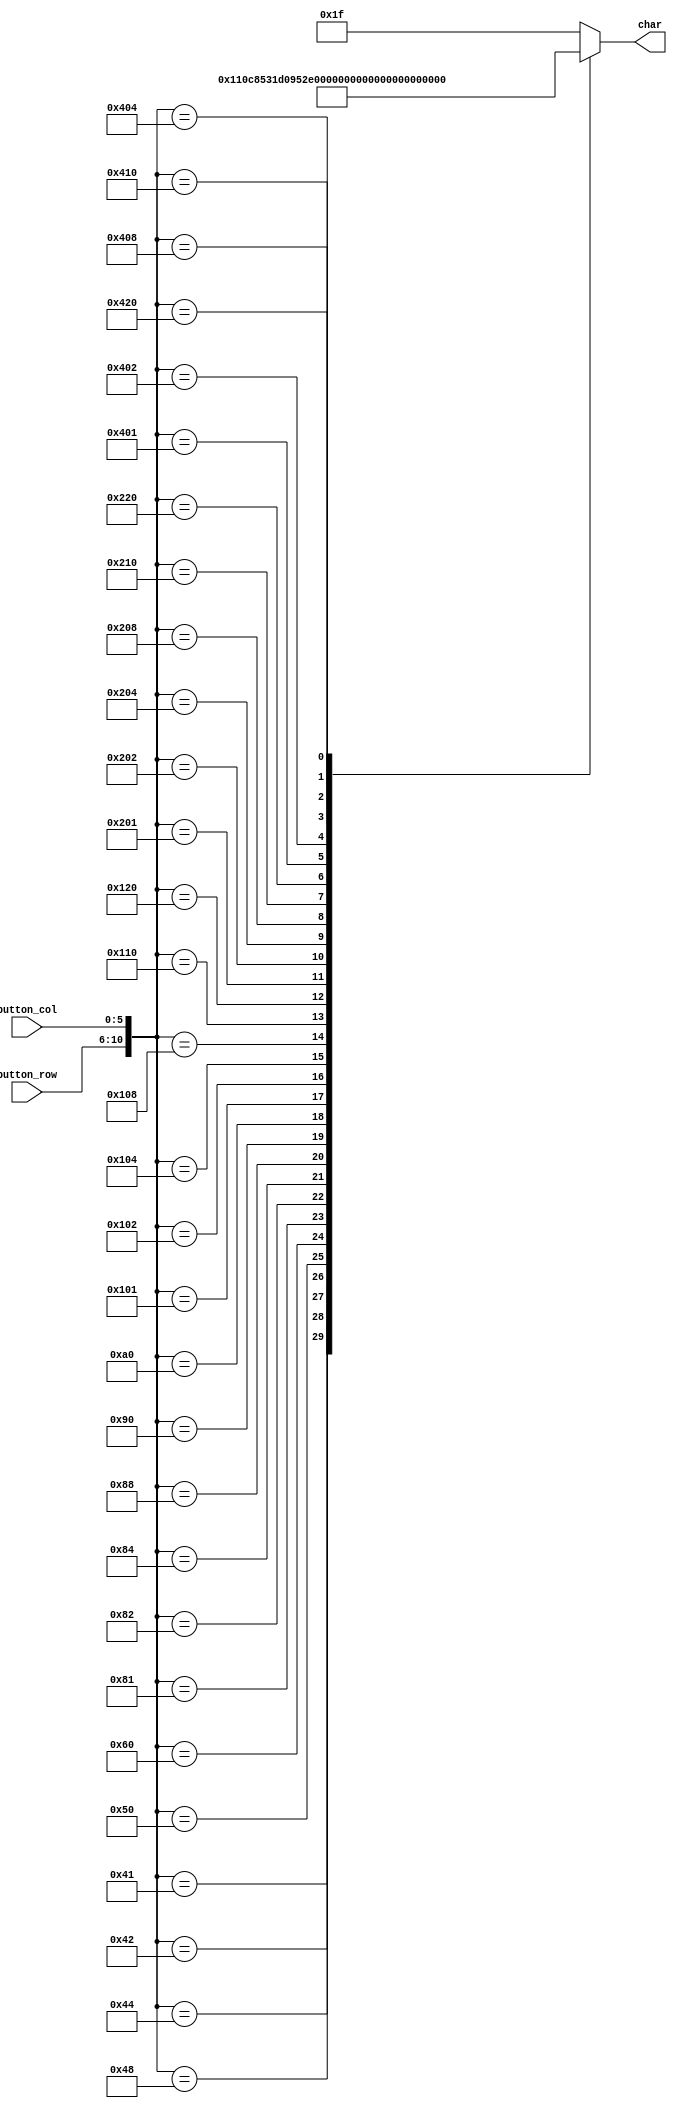
/*
   This file was generated automatically by the Mojo IDE version B1.3.6.
   Do not edit this file directly. Instead edit the original Lucid source.
   This is a temporary file and any changes made to it will be destroyed.
*/

module buttonmapping_9 (
    input [5:0] button_col,
    input [4:0] button_row,
    output reg [4:0] char
  );
  
  
  
  reg [10:0] coordinate;
  
  always @* begin
    coordinate[6+4-:5] = button_row;
    coordinate[0+5-:6] = button_col;
    
    case (coordinate)
      11'h041: begin
        char = 5'h00;
      end
      11'h042: begin
        char = 5'h01;
      end
      11'h044: begin
        char = 5'h02;
      end
      11'h048: begin
        char = 5'h03;
      end
      11'h050: begin
        char = 5'h04;
      end
      11'h060: begin
        char = 5'h05;
      end
      11'h081: begin
        char = 5'h06;
      end
      11'h082: begin
        char = 5'h07;
      end
      11'h084: begin
        char = 5'h08;
      end
      11'h088: begin
        char = 5'h09;
      end
      11'h090: begin
        char = 5'h0a;
      end
      11'h0a0: begin
        char = 5'h0b;
      end
      11'h101: begin
        char = 5'h0c;
      end
      11'h102: begin
        char = 5'h0d;
      end
      11'h104: begin
        char = 5'h0e;
      end
      11'h108: begin
        char = 5'h0f;
      end
      11'h110: begin
        char = 5'h10;
      end
      11'h120: begin
        char = 5'h11;
      end
      11'h201: begin
        char = 5'h12;
      end
      11'h202: begin
        char = 5'h13;
      end
      11'h204: begin
        char = 5'h14;
      end
      11'h208: begin
        char = 5'h15;
      end
      11'h210: begin
        char = 5'h16;
      end
      11'h220: begin
        char = 5'h17;
      end
      11'h401: begin
        char = 5'h18;
      end
      11'h402: begin
        char = 5'h19;
      end
      11'h404: begin
        char = 5'h1a;
      end
      11'h408: begin
        char = 5'h1b;
      end
      11'h410: begin
        char = 5'h1c;
      end
      11'h420: begin
        char = 5'h1d;
      end
      default: begin
        char = 5'h1f;
      end
    endcase
  end
endmodule